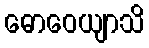
ဓောဝေယျာသိ